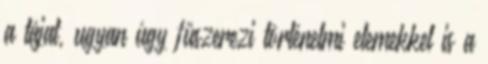
a tájat, ugyan úgy fűszerezi történelmi elemekkel is a